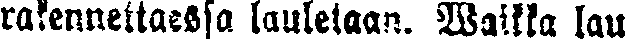
rakennettaessa lauletaan. Waikka lau